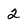
Character: 2